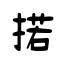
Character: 掿